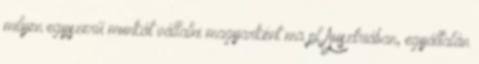
milyen egyszerű munkát vállalni magyarként ma pl Ausztriában, egyáltalán